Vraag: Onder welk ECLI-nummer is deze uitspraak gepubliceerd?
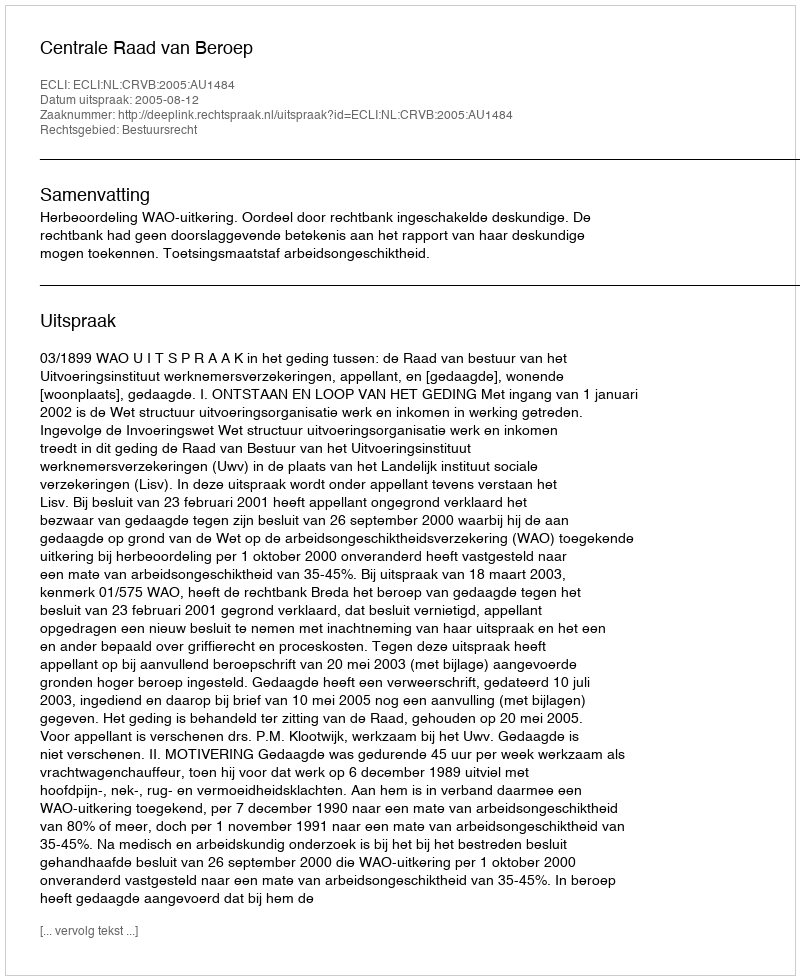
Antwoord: ECLI:NL:CRVB:2005:AU1484